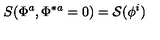
S ( \Phi ^ { a } , \Phi ^ { \ast a } = 0 ) = { \cal S } ( \phi ^ { i } )